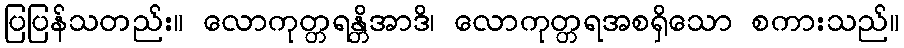
ပြပြန်သတည်း။ လောကုတ္တရန္တိအာဒိ၊ လောကုတ္တရအစရှိသော စကားသည်။